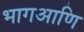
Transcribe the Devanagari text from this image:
भागआणि